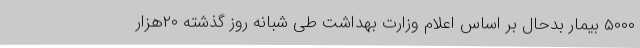
۵۰۰۰ بیمار بدحال بر اساس اعلام وزارت بهداشت طی شبانه روز گذشته ۲۰هزار